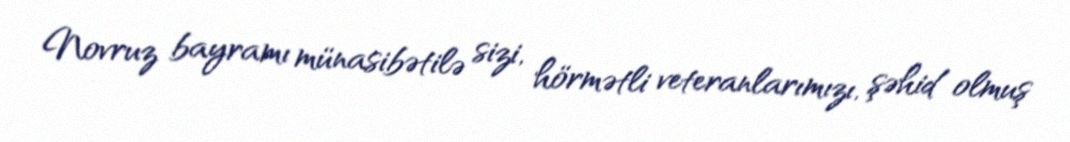
Novruz bayramı münasibətilə sizi, hörmətli veteranlarımızı, şəhid olmuş